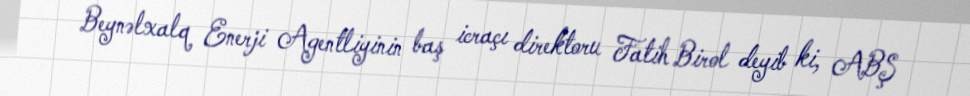
Beynəlxalq Enerji Agentliyinin baş icraçı direktoru Fatih Birol deyib ki, ABŞ